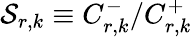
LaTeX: {\cal S}_{r,k}\equiv C_{r,k}^{-}/C_{r,k}^{+}